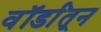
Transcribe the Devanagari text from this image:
वॉर्डांतून